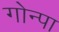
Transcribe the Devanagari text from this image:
गोन्पा